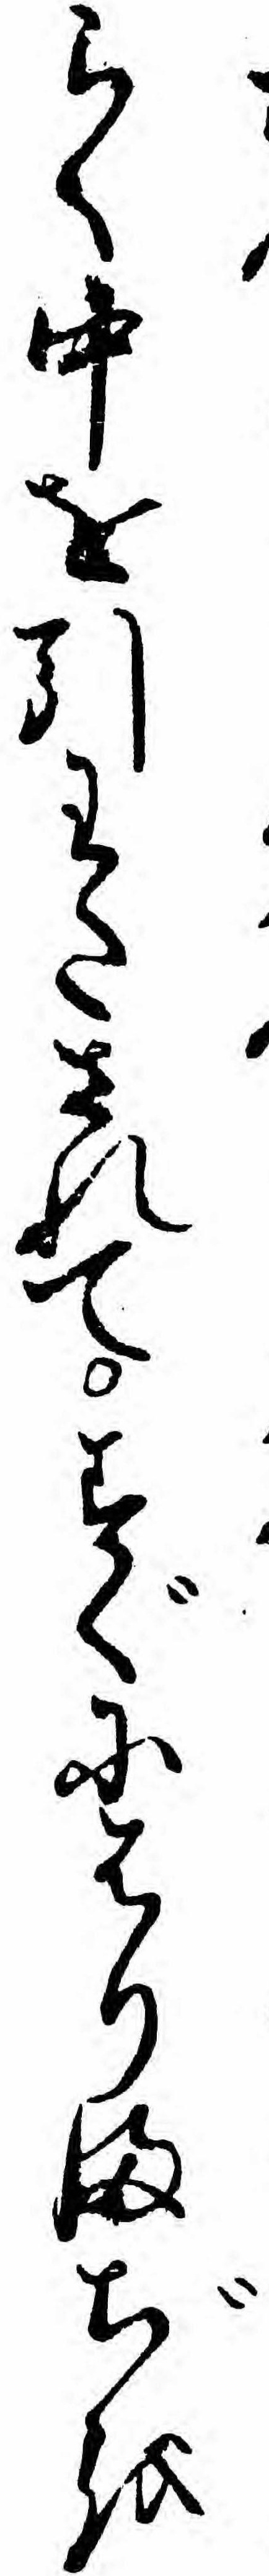
らく中を引わたされてすぐにはりまぢを